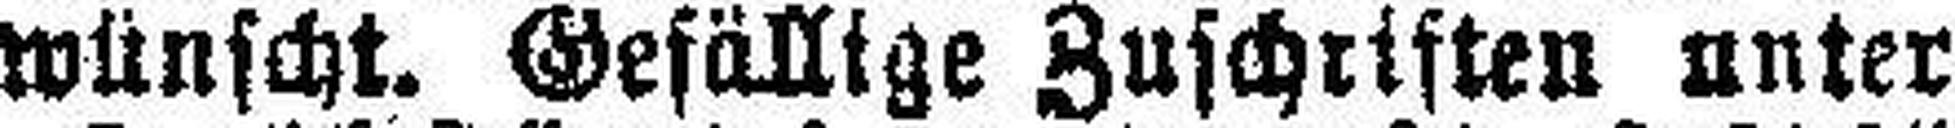
wünscht. Gefällige Zuschriften unter